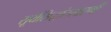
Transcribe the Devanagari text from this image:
सूर्यसिद्धांतसारणी